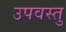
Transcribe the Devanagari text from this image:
उपवस्तु